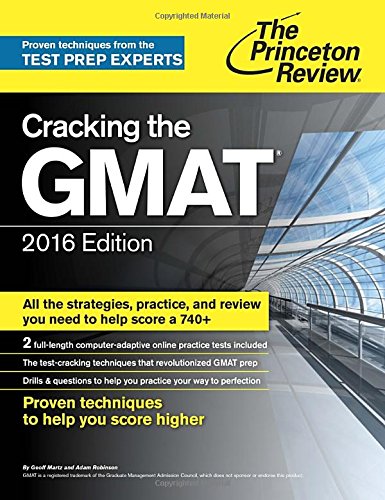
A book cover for Cracking the GMAT with 2 Computer-Adaptive Practice Tests, 2016 Edition (Graduate School Test Preparation); Princeton Review; Test Preparation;